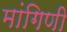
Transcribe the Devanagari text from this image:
मांगिणी